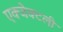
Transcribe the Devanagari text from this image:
एक्जेक्टली